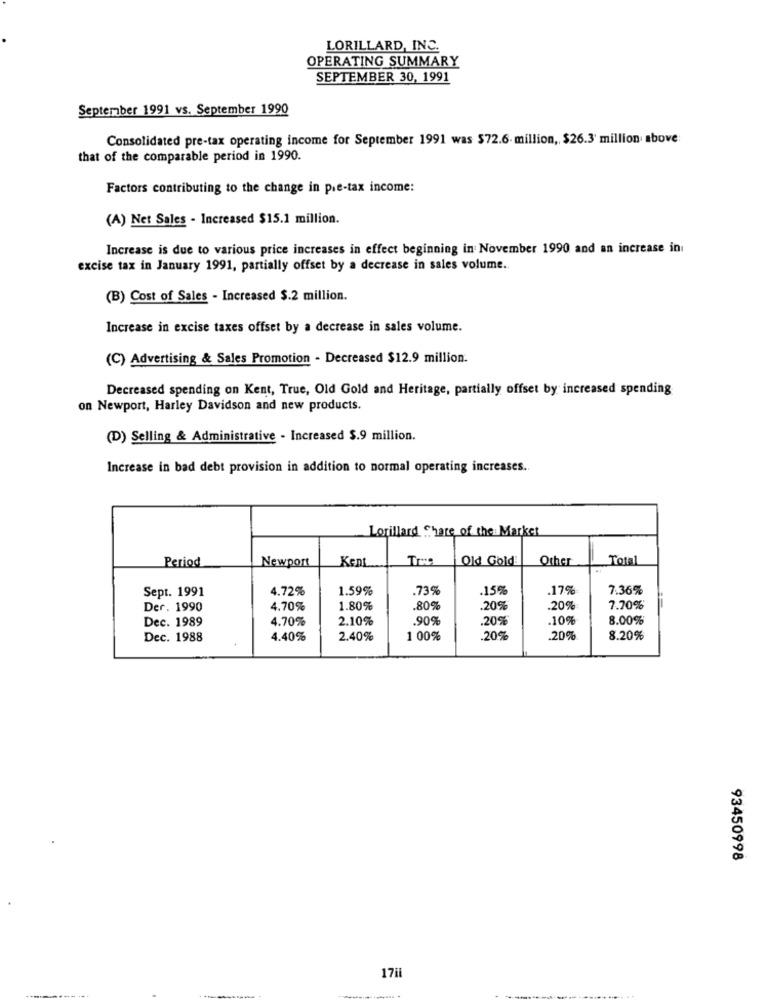
LORILLARD, INC.
OPERATING SUMMARY
SEPTEMBER 30, 1991
September 1991 vs. September 1990
Consolidated pre-tax operating income for September 1991 was $72.6 million, $26.3 million above
that of the comparable period in 1990.
Factors contributing to the change in pre-tax income:
(A) Net Sales - Increased $15.1 million.
Increase is due to various price increases in effect beginning in November 1990 and an increase in
excise tax in January 1991, partially offset by a decrease in sales volume.
(B) Cost of Sales - Increased $.2 million.
Increase in excise taxes offset by a decrease in sales volume.
(C) Advertising & Sales Promotion - Decreased $12.9 million.
Decreased spending on Kent, True, Old Gold and Heritage, partially offset by increased spending
on Newport, Harley Davidson and new products.
(D) Selling & Administrative - Increased $.9 million.
Increase in bad debt provision in addition to normal operating increases.
Lorillard Chare of the Market
Period
Newport
Kent
True
Old Gold
Other
Total
Sept. 1991
4.72%
1.59%
.73%
.15%
.17%
7.36%
Der. 1990
4.70%
1.80%
.80%
.20%
.20%
7.70%
Dec. 1989
4.70%
2.10%
.90%
.20%
.10%
8.00%
Dec. 1988
4.40%
2.40%
1 00%
.20%
.20%
8.20%
93450998
17ii